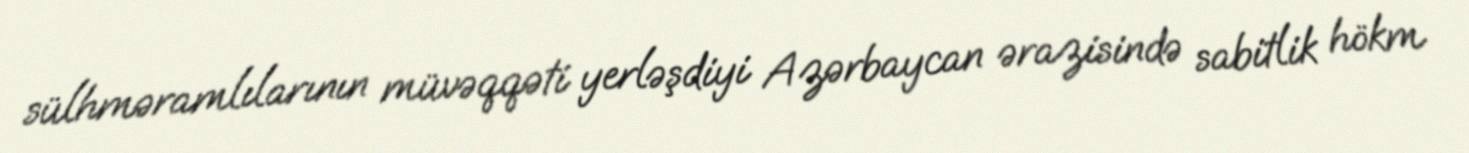
sülhməramlılarının müvəqqəti yerləşdiyi Azərbaycan ərazisində sabitlik hökm